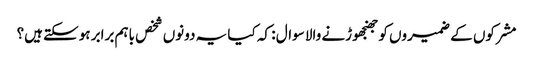
مشرکوں کے ضمیروں کو جھنجھوڑنے والا سوال : کہ کیا یہ دونوں شخص باہم برابر ہوسکتے ہیں؟